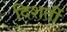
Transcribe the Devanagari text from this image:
दिशतीं